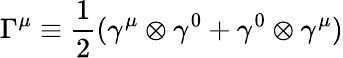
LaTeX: {\Gamma}^{\mu}\equiv\frac{1}{2}({\gamma}^{\mu}\otimes{\gamma}^{0}+{\gamma}^{0}\otimes{\gamma}^{\mu})